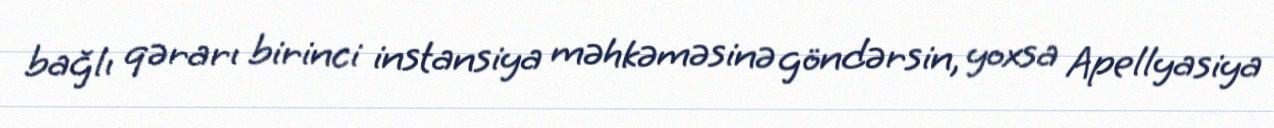
bağlı qərarı birinci instansiya məhkəməsinə göndərsin, yoxsa Apellyasiya